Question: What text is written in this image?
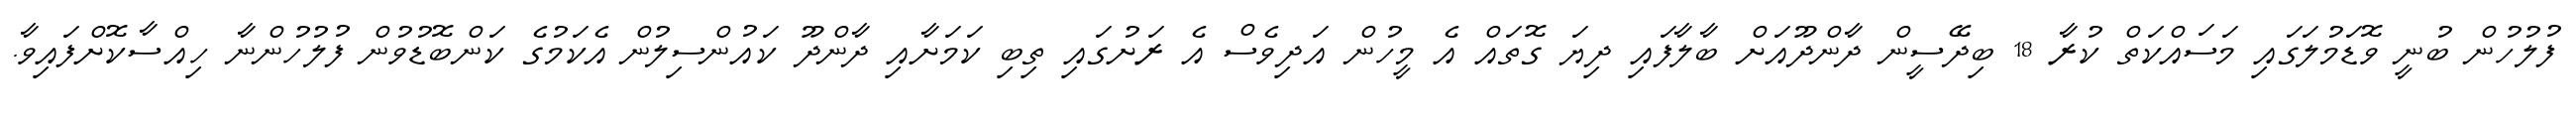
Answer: ފުލުހުން ބުނީ ވޮޑަމުލަގައި މަސައްކަތް ކުރާ 18 ބިދޭސީން ދާންދޫއަށް ބާލާފައި ދިޔަ ގޮތައް އެ މީހުން އަދިވެސް އެ ރަށުގައި ތިބި ކަމަށާއި ދާންދޫ ކައުންސިލުން އެކަމުގެ ކަންބޮޑުވުން ފުލުހުންނާ ހިއްސާކޮށްފައިވާ.